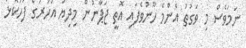
ނަމަވެސް މި ވަގުތު އެންމެ ހޫނުވެފައި އޮތީ ޖަޕާނުން މިދިޔަ އަހަރުގެ ފަހުކޮޅު